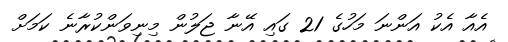
އެއާ އެކު އަންނަ މަހުގެ 21 ގައި އޭނާ ޖަލުން މިނިވަންކުރާނެ ކަމަށް